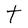
Character: t